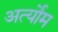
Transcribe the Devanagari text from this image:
अर्त्योम